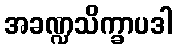
အခဏ္ဍသိက္ခာပဒါ